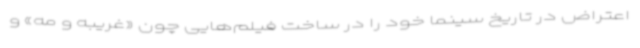
اعتراض در تاریخ سینما خود را در ساخت فیلم‌هایی چون «غریبه و مه» و